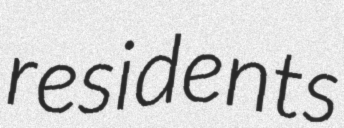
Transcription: residents